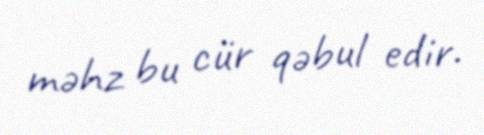
məhz bu cür qəbul edir.